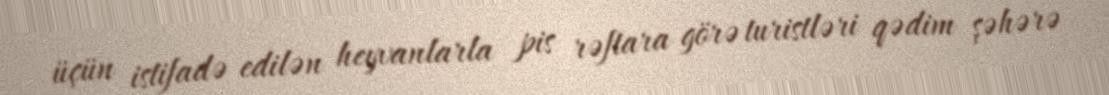
üçün istifadə edilən heyvanlarla pis rəftara görə turistləri qədim şəhərə